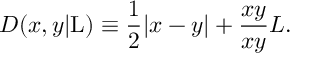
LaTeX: D ( x , y | \mathrm { L } ) \equiv \frac { 1 } { 2 } | x - y | + \frac { x y } { x y } { L } .